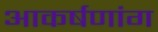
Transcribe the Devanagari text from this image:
आकर्षणांग